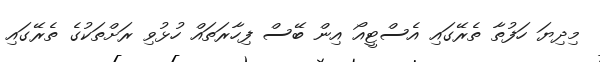
މިދިޔަ ހަފުތާ ތެރޭގައި އެސްޓީއޯ އިން ބޭސް ފިހާރަތައް ހުޅުވި ރަށްތަކުގެ ތެރޭގައި